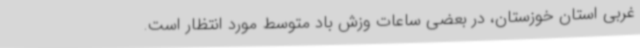
غربی استان خوزستان، در بعضی ساعات وزش باد متوسط مورد انتظار است.